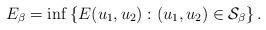
LaTeX: \begin{align*}E_\beta=\inf\left\{E(u_1,u_2):(u_1,u_2)\in \mathcal{S}_\beta\right\}.\end{align*}